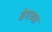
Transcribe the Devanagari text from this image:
बेगच्या